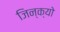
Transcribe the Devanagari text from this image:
जिन्क्यो